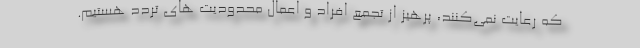
که رعایت نمی‌کنند، پرهیز از تجمع افراد و اعمال محدودیت های تردد هستیم.